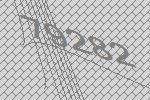
79282